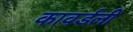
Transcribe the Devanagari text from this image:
कावर्डली